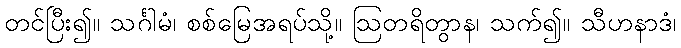
တင်ပြီး၍။ သင်္ဂါမံ၊ စစ်မြေအရပ်သို့။ ဩတရိတွာန၊ သက်၍။ သီဟနာဒံ၊